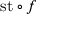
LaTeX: { \mathrm { s t } } \circ f